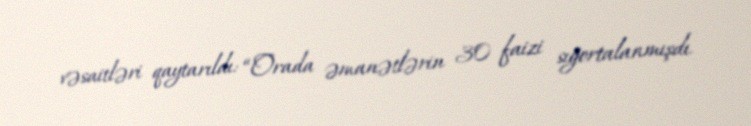
vəsaitləri qaytarıldı: “Orada əmanətlərin 30 faizi sığortalanmışdı.